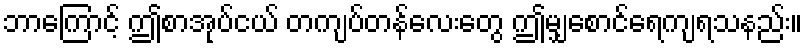
ဘာကြောင့် ဤစာအုပ်ငယ် တကျပ်တန်လေးတွေ ဤမျှစောင်ရေကျရသနည်း။